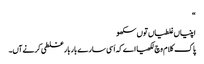
‏“‏
اپنیاں غلطیاں توں سکھو
پاک کلام وچ لکھیا اے کہ اَسی سارے بار بار غلطی کرنے آں۔